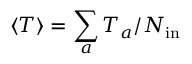
\langle T \rangle = { \sum _ { a } T _ { a } } / { N _ { \mathrm { i n } } }